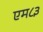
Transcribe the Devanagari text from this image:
एम८३